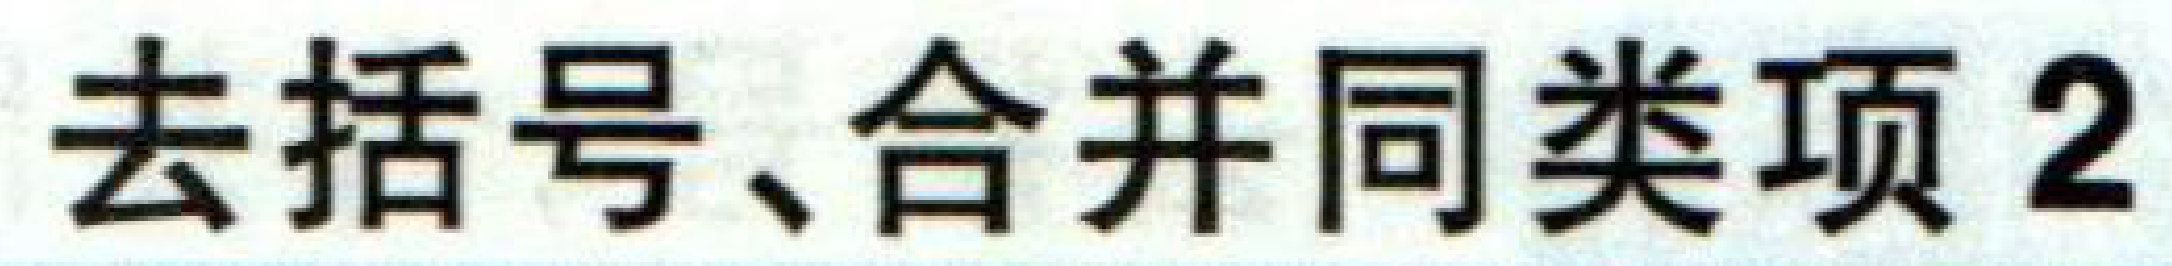
去括号、合并同类项2